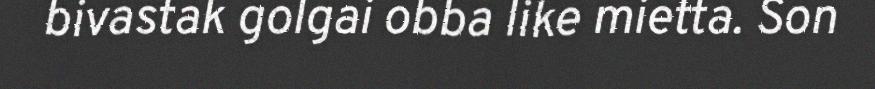
bivastak golgai obba like mietta. Son